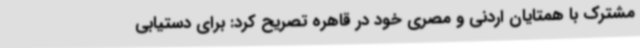
مشترک با همتایان اردنی و مصری خود در قاهره تصریح کرد: برای دستیابی